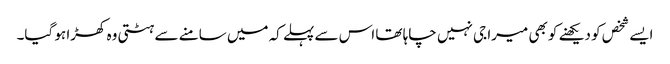
ایسے شخص کو دیکھنے کو بھی میرا جی نہیں چاہا تھا اس سے پہلے کہ میں سامنے سے ہٹتی وہ کھڑا ہو گیا۔